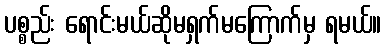
ပစ္စည်း ရောင်းမယ်ဆိုမရှက်မကြောက်မှ ရမယ်။